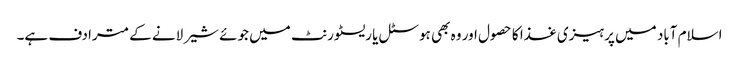
اسلام آباد میں پرہیزی غذا کا حصول اور وہ بھی ہوسٹل یا ریسٹورنٹ میں جوئے شیر لانے کے مترادف ہے۔